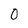
Character: 0